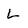
Character: L